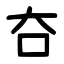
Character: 夻